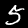
Digit: 5